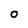
Character: O